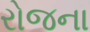
રોજના